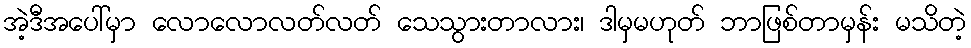
အဲ့ဒီအပေါ်မှာ လောလောလတ်လတ် သေသွားတာလား၊ ဒါမှမဟုတ် ဘာဖြစ်တာမှန်း မသိတဲ့